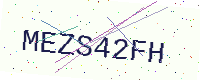
Text: MEZS42FH